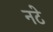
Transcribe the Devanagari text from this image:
नटे